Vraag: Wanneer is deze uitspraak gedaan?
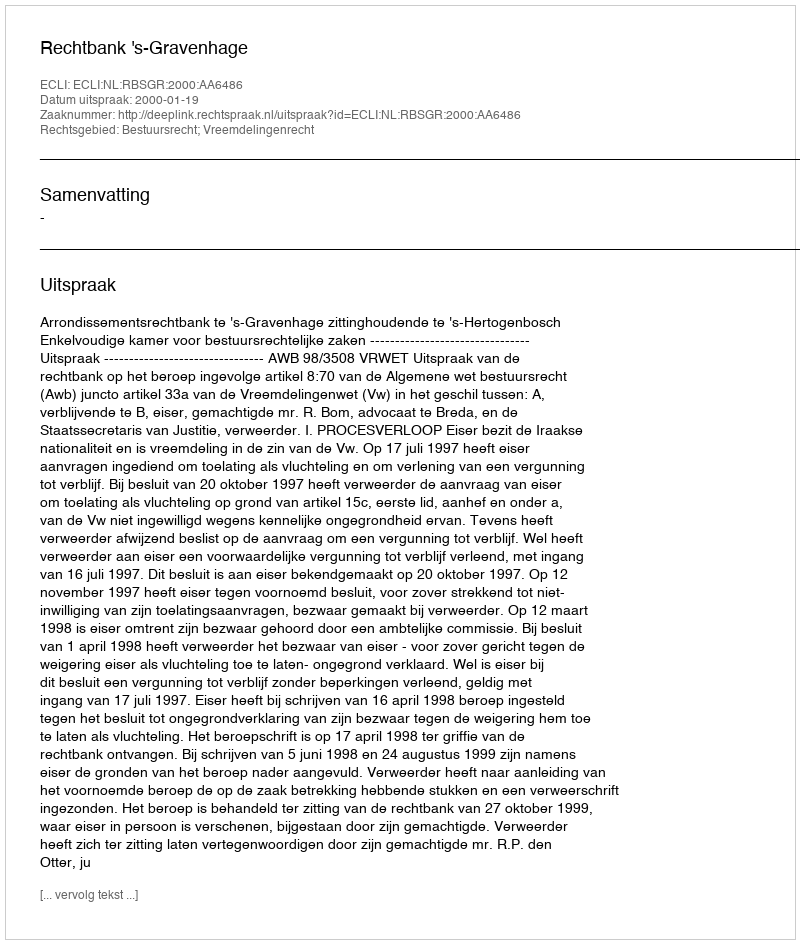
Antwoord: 2000-01-19